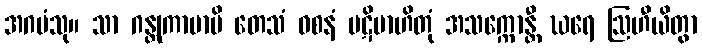
အဂမံသု။ သာ ဂန္တုကာမာပိ တေသံ ဝစနံ ပဋိဗာဟိတုံ အသက္ကောန္တီ ဃရေ ဩဟီယိတွာ